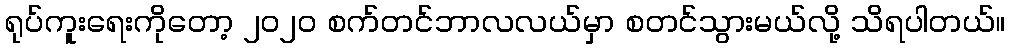
ရုပ်ကူးရေးကိုတော့ ၂၀၂၀ စက်တင်ဘာလလယ်မှာ စတင်သွားမယ်လို့ သိရပါတယ်။